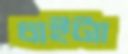
চাইট্যা